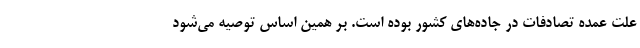
علت عمده تصادفات در جاده‌های کشور بوده است. بر همین اساس توصیه می‌شود